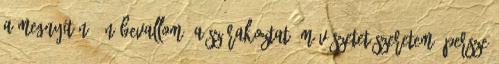
a megnyitón. Én bevallom, a szórakoztató művészetet szeretem, persze